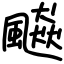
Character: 飇